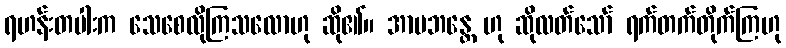
ရဟန်းတပါးက သေစေလိုကြသလောဟု ဆို၏။ အာမဘန္တေ ဟု ဆိုလတ်သော် ရက်တက်တိုက်ကြဟု